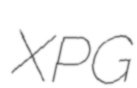
XPG